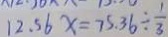
1 2 . 5 6 x = 7 5 . 3 6 \div \frac { 1 } { 3 }